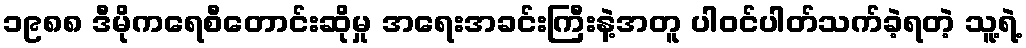
၁၉၈၈ ဒီမိုကရေစီတောင်းဆိုမှု အရေးအခင်းကြီးနဲ့အတူ ပါဝင်ပါတ်သက်ခဲ့ရတဲ့ သူ့ရဲ့